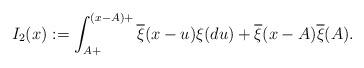
LaTeX: \begin{align*}I_2(x) := \int_{A+}^{(x-A)+}\overline{ \xi}(x-u)\xi(du) +\overline{ \xi}(x-A)\overline{ \xi}(A).\end{align*}